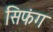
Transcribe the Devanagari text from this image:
सिफंग